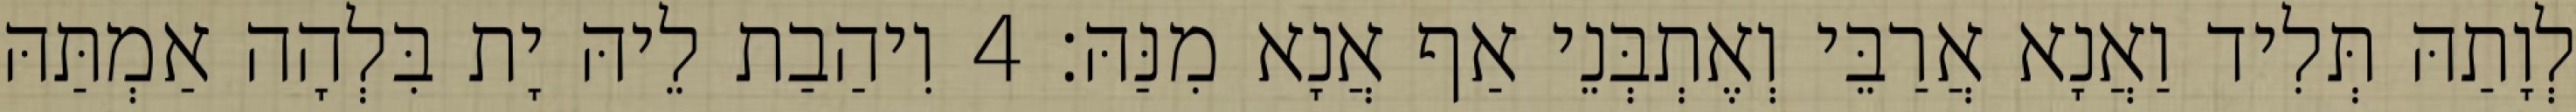
לְוָתַהּ תְּלִיד וַאֲנָא אֲרַבֵּי וְאֶתְבְּנֵי אַף אֲנָא מִנַּהּ׃ 4 וִיהַבַת לֵיהּ יָת בִּלְהָה אַמְתַּהּ